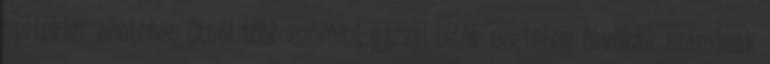
sprinkler esetében ötnél több szórófej, gázzal-oltók esetében fúvókák számának